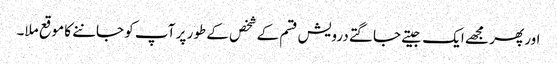
اور پھر مجھے ایک جیتے جاگتے درویش قسم کے شخص کے طور پر آپ کو جاننے کا موقع ملا۔